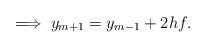
LaTeX: \begin{align*} \implies y_{m+1}=y_{m-1}+2hf. \end{align*}